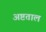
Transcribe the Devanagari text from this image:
अष्टताल